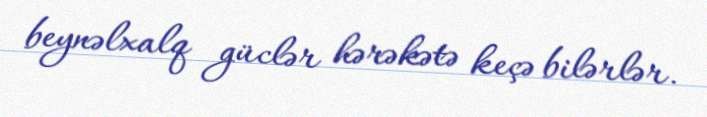
beynəlxalq güclər hərəkətə keçə bilərlər.